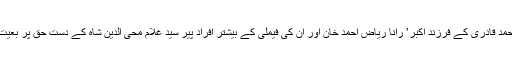
رانا دلدار احمد قادری کے فرزندِ اکبر’ رانا ریاض احمد خان اور ان کی فیملی کے بیشتر افراد پیر سید غلام محی الدین شاہ کے دست حق پر بعیت یافتہ ہیں ۔